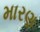
મારણ